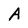
Character: A